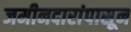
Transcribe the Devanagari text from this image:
जमीनदारांपासून